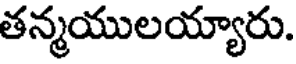
తన్మయులయ్యారు.